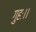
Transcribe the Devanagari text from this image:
गुहः।।